Indian journal of veterinary science and animal husbandry - Volumes 22-23, 1952-1953
Year: 1952
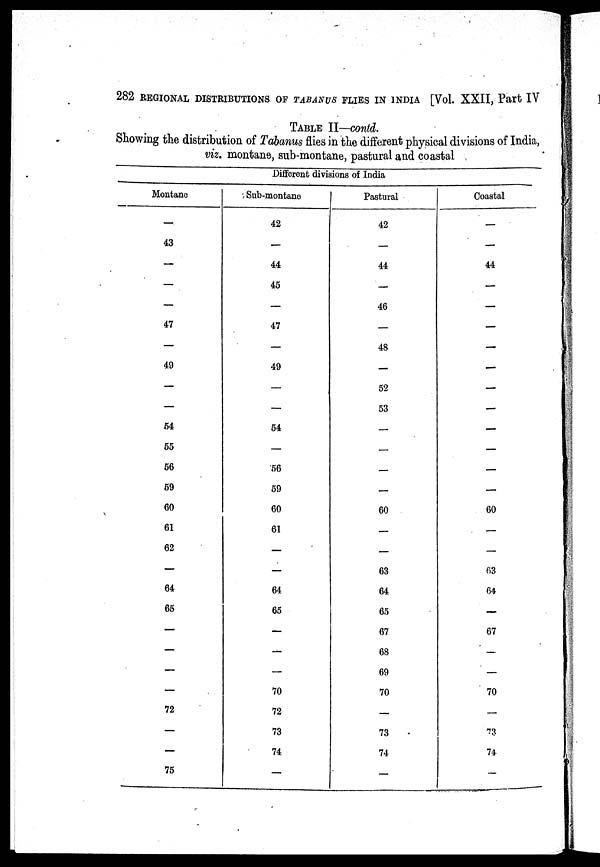
282 REGIONAL DISTRIBUTIONS OF TABANUS FLIES IN INDIA [Vol. XXII, Part IV
TABLE II—contd.
Showing the distribution of Tabanus flies in the different physical divisions of India,
viz. montane, sub-montane, pastural and coastal
Different divisions of India
Montane
—
43
—
—
—
47
—
49
—
—
54
55
56
59
60
61
62
—
64
65
—
-
—
—
72
—
—
75
Sub-montane
42
—
44
45
—
47
—
49
—
54
—
56
59
60
61
—
—
64
65
—
—
—
70
72
73
74
—
Pastural
42
—
44
—
46
—
48
—
52
53
—
—
—
—
60
—
—
63
64
65
67
68
69
70
—
73
74
—
Coastal
—
—
44
—
—
—
—
—
—
—
—
—
—
—
60
—
—
63
64
—
67
—
—
70
—
73
74